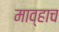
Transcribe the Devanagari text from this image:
माव्हाच